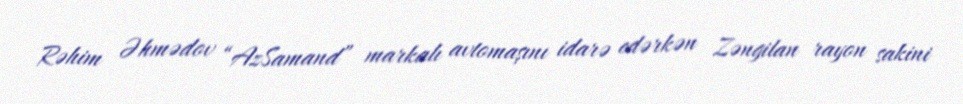
Rəhim Əhmədov “AzSamand” markalı avtomaşını idarə edərkən Zəngilan rayon sakini